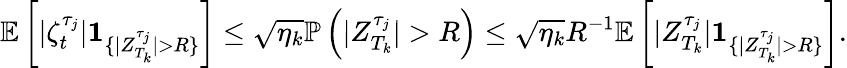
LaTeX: \mathbb{E}\left[|\zeta_{t}^{\tau_{j}}|\textbf{1}_{\{ |Z_{T_{k}}^{\tau_{j}}|>R\} }\right]\leq\sqrt{\eta_{k}}\mathbb{P}\left(|Z_{T_{k}}^{\tau_{j}}|>R\right)\le\sqrt{\eta_{k}}R^{-1}\mathbb{E}\left[|Z_{T_{k}}^{\tau_{j}}|\textbf{1}_{\{ |Z_{T_{k}}^{\tau_{j}}|>R\} }\right].